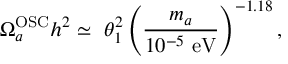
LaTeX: \Omega _ { a } ^ { \mathrm { O S C } } h ^ { 2 } \simeq \ \theta _ { 1 } ^ { 2 } \left( \frac { m _ { a } } { 1 0 ^ { - 5 } \ \mathrm { e V } } \right) ^ { - 1 . 1 8 } ,